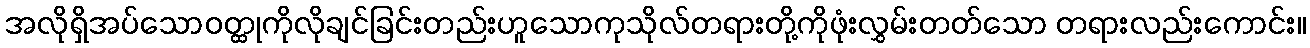
အလိုရှိအပ်သောဝတ္ထုကိုလိုချင်ခြင်းတည်းဟူသောကုသိုလ်တရားတို့ကိုဖုံးလွှမ်းတတ်သော တရားလည်းကောင်း။